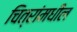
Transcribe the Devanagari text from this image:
चित्रांमधील